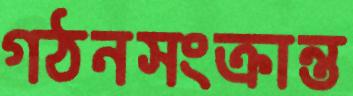
গঠনসংক্রান্ত